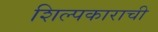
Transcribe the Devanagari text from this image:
शिल्पकाराची